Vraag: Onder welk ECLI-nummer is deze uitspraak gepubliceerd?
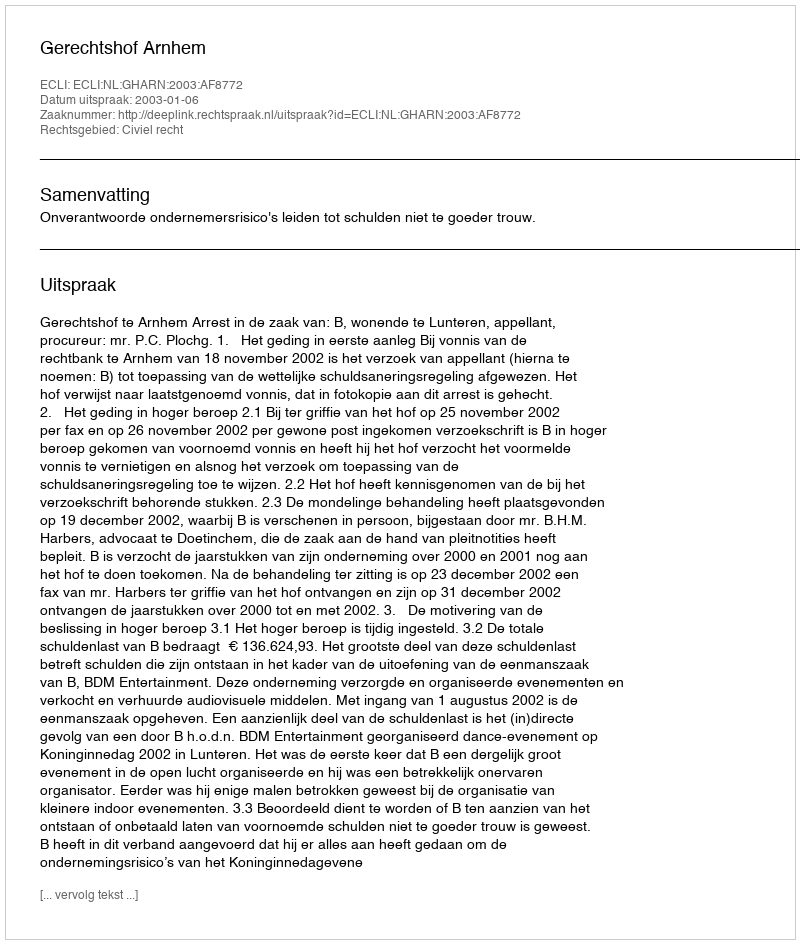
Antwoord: ECLI:NL:GHARN:2003:AF8772